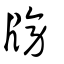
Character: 牓